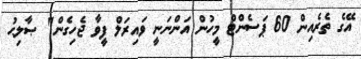
އޭގެ ތެރެއިން 60 ޕަސެންޓް މީހުން އަންނަނީ ވައިރަލް ފީވާ ޖެހިގެން" ޞާލިޙު